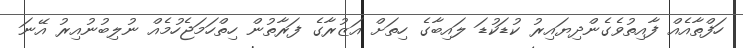
ހަފްތާއެއް ފާއިތުވެގެންދިޔައިރު ކުޑަކުޑަ ލައިބާގެ ހިތަށް އަޒުރާގެ ފަރާތުން ހިތްހަމަޖެހުމެއް ނުލިބުނުއިރު އޭނަ